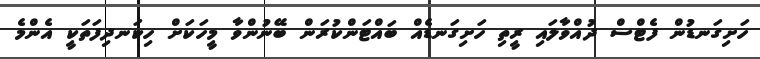
ހަށިގަނޑުން ފެޓްސް ދުއްވާލައި ރީތި ހަށިގަނޑެއް ބައްޓަންކުރަން ބޭނުންވާ މީހަކަށް ހިކަނދިފަތަކީ އެންމެ